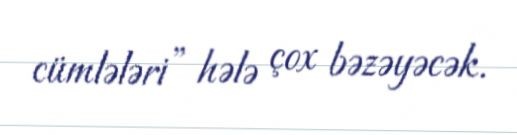
cümlələri” hələ çox bəzəyəcək.